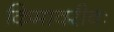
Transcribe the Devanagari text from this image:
किमावरीवः